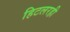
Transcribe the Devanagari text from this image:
हिटलरही